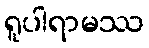
ရူပါရာမဿ